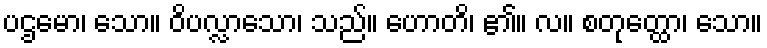
ပဌမော၊ သော။ ဝိပလ္လာသော၊ သည်။ ဟောတိ၊ ၏။ လ။ စတုတ္ထော၊ သော။